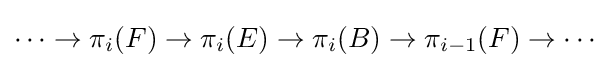
\cdots \to \pi _{i}(F)\to \pi _{i}(E)\to \pi _{i}(B)\to \pi _{i-1}(F)\to \cdots